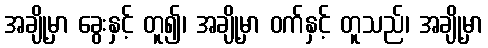
အချို့မှာ ခွေးနှင့် တူ၍၊ အချို့မှာ ဝက်နှင့် တူသည်၊ အချို့မှာ